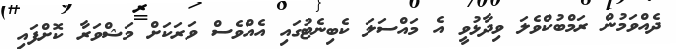
ދެއްވަމުން ރަމްބުކްވެލަ ވިދާޅުވީ އެ މައްސަލަ ކެބިނެޓުގައި އެއްވެސް ވަރަކަށް މަޝްވަރާ ކޮށްފައި